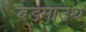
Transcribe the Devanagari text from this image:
बडमाउथ